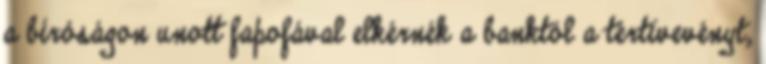
a bíróságon unott fapofával elkérnék a banktól a tértivevényt,